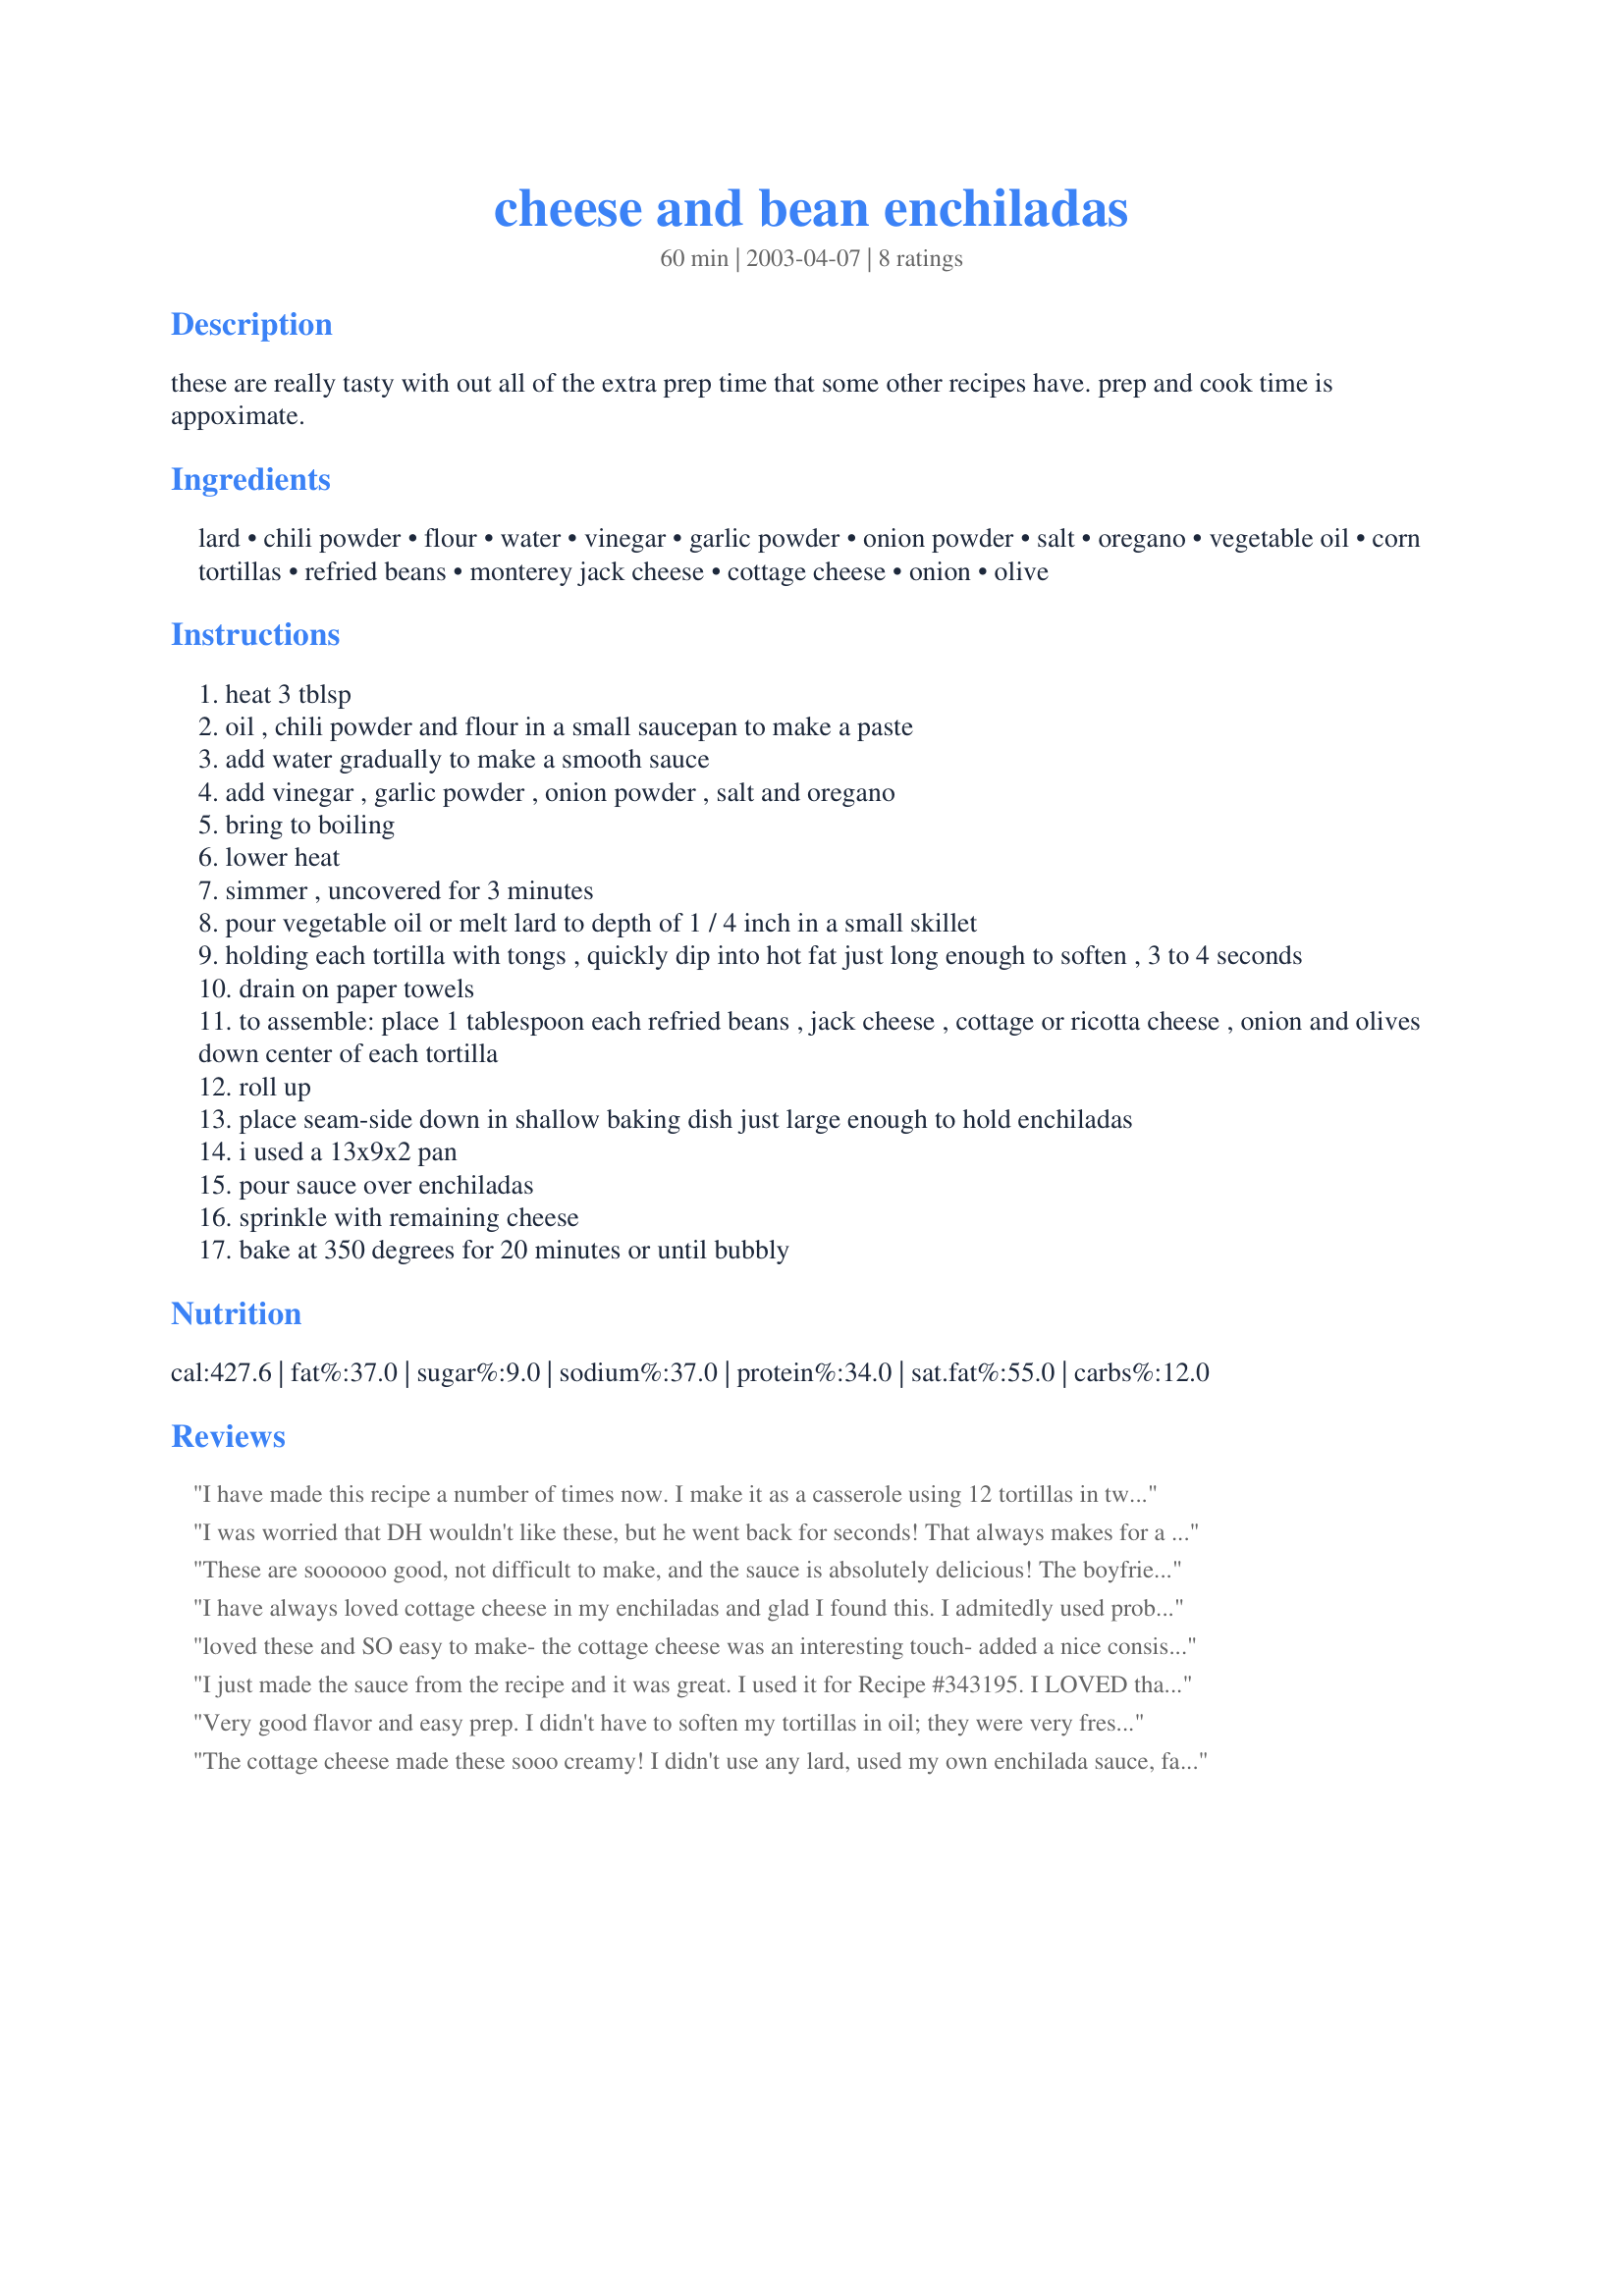
cheese and bean enchiladas
Preparation time: 60 minutes

these are really tasty with out all of the extra prep time that some other recipes have. prep and cook time is appoximate.

Ingredients:
lard, chili powder, flour, water, vinegar, garlic powder, onion powder, salt, oregano, vegetable oil, corn tortillas, refried beans, monterey jack cheese, cottage cheese, onion, olive

Steps:
heat 3 tblsp
oil , chili powder and flour in a small saucepan to make a paste
add water gradually to make a smooth sauce
add vinegar , garlic powder , onion powder , salt and oregano
bring to boiling
lower heat
simmer , uncovered for 3 minutes
pour vegetable oil or melt lard to depth of 1 / 4 inch in a small skillet
holding each tortilla with tongs , quickly dip into hot fat just long enough to soften , 3 to 4 seconds
drain on paper towels
to assemble: place 1 tablespoon each refried beans , jack cheese , cottage or ricotta cheese , onion and olives down center of each tortilla
roll up
place seam-side down in shallow baking dish just large enough to hold enchiladas
i used a 13x9x2 pan
pour sauce over enchiladas
sprinkle with remaining cheese
bake at 350 degrees for 20 minutes or until bubbly

Reviews:
I have made this recipe a number of times now. I make it as a casserole using 12 tortillas in two layers of 6 rather than rolling individual enchiladas. I don't fry the tortillas, I just layer sauce, tortillas, beans, onions, cheeses, tortillas, then sauce & olives, and a bit of cheese on top. I use a large can of pinto beans, a whole carton of lowfat cottage cheese, and also add 1/2 c lowfat sour cream.
For the sauce I use 2 T powdered red chile instead of "chili powder" (I'd use more but then it's too spicy for my daughter). I also add a can of chopped tomatoes. It is quick to put together, and the best part is that the whole family likes them! Thanks!
I was worried that DH wouldn't like these, but he went back for seconds! That always makes for a happy night. I was a BIG fan of the filling. The cottage cheese and beans made it so creamy and delicious. The sauce wasn't doing it for me for some reason. I'm thinking it needed more flour and spice tweaking (it was still WAY better than the canned stuff.) I had enough ingredients to do OAMC and throw another pan in the freezer, I just had to make more enchilada sauce. Thanks for a creative dish!
These are soooooo good, not difficult to make, and the sauce is absolutely delicious! The boyfriend was a little apprehensive about the cottage cheese, but the whole thing came together in the most scrumptious way. We ate 4 enchiladas apiece, with no leftovers - the kind of food that's so good that you can't stop eating it even though you're ready to burst! Thanks so much, keen5, for this great recipe!!!
I have always loved cottage cheese in my enchiladas and glad I found this. I admitedly used probably closer to 8 oz of a mexican blend cheese, but these were fantastic and pretty healhty to boot!
loved these and SO easy to make- the cottage cheese was an interesting touch- added a nice consistency..thanks keen- this is a keeper!
I just made the sauce from the recipe and it was great. I used it for Recipe #343195. I LOVED that it only needed water and basic spices, etc. to prepare, but it really turns out as a traditional enchilada sauce! Thanks Keen, for posting.
Roxygirl
Very good flavor and easy prep. I didn't have to soften my tortillas in oil; they were very fresh and pliable. Other options, to keep fat low, include softening in the microwave in a moistened towel and even softening in the red sauce itself. I used homemade, nonfried refried beans. I really liked the relatively low calorie count; I could actually eat two instead of the normal one.
The cottage cheese made these sooo creamy! I didn't use any lard, used my own enchilada sauce, fat free refried beans & used a whole wheat flour tortilla (did not fry it). I used about 1/4 cup beans & added a little fat free sour cream into the filling. I added some chili powder & cumin as well (love flavorful foods) & used reduced fat mexican cheese. I couldn't believe how fast this was! It was done in 20 minutes in my toaster oven (I baked it at 400). Thank you for sharing! Great way to use up leftover beans.
